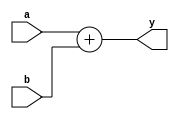
`timescale 1ns / 1ps
//////////////////////////////////////////////////////////////////////////////////
// Company: 
// Engineer: 
// 
// Design Name: 
// Module Name: adder
// Project Name: 
// Target Devices: 
// Tool Versions: 
// Description: 
// 
// Dependencies: 
// 
// Revision:
// Revision 0.01 - File Created
// Additional Comments:
// 
//////////////////////////////////////////////////////////////////////////////////


module adder(
    input  [15:0] a, b,
    output [15:0] y
);

assign y = a + b;

endmodule